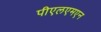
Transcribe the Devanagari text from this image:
पीएलएमएन